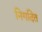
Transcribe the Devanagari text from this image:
निगदित